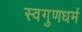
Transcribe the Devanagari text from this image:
स्वगुणधर्म